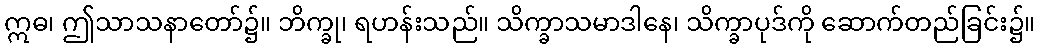
ဣဓ၊ ဤသာသနာတော်၌။ ဘိက္ခု၊ ရဟန်းသည်။ သိက္ခာသမာဒါနေ၊ သိက္ခာပုဒ်ကို ဆောက်တည်ခြင်း၌။